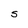
Character: S